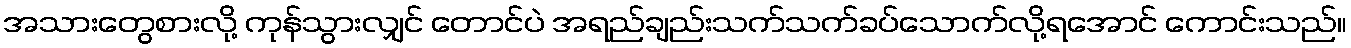
အသားတွေစားလို့ ကုန်သွားလျှင် တောင်ပဲ အရည်ချည်းသက်သက်ခပ်သောက်လို့ရအောင် ကောင်းသည်။